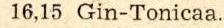
16,15 Gin-Tonicaa.